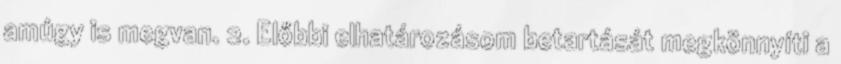
amúgy is megvan. 2. Előbbi elhatározásom betartását megkönnyíti a